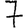
Digit: 7